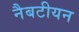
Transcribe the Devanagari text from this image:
नैबटीयन